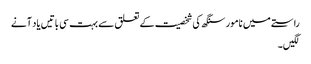
راستے میں نامور سنگھ کی شخصیت کے تعلق سے بہت سی باتیں یاد آنے
لگیں۔